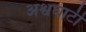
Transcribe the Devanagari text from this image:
अश्वघाटी